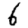
Digit: 6